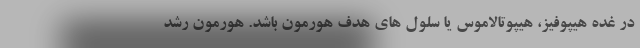
در غده هیپوفیز، هیپوتالاموس یا سلول های هدف هورمون باشد. هورمون رشد